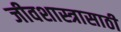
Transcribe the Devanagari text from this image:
जीवशास्त्रासाठी